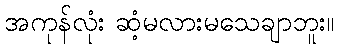
အကုန်လုံး ဆံ့မလားမသေချာဘူး။